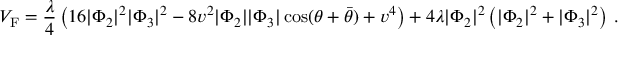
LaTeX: V _ { \mathrm { F } } = { \frac { \lambda } { 4 } } \left( 1 6 | \Phi _ { 2 } | ^ { 2 } | \Phi _ { 3 } | ^ { 2 } - 8 v ^ { 2 } | \Phi _ { 2 } | | \Phi _ { 3 } | \cos ( \theta + \bar { \theta } ) + v ^ { 4 } \right) + 4 \lambda | \Phi _ { 2 } | ^ { 2 } \left( | \Phi _ { 2 } | ^ { 2 } + | \Phi _ { 3 } | ^ { 2 } \right) \, .